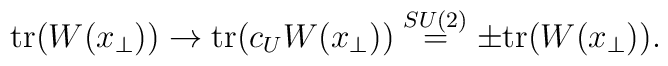
\mbox{tr}(W(x_{\perp})) \rightarrow \mbox{tr}(c_{U} W(x_{\perp}))\stackrel{SU(2)}{=} \pm \mbox{tr}(W(x_{\perp})) .